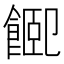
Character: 𩜮